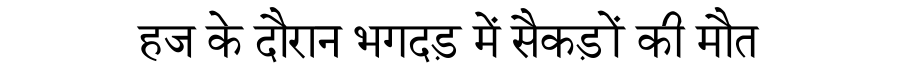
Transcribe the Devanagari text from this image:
हज के दौरान भगदड़ में सैकड़ों की मौत